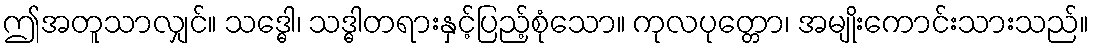
ဤအတူသာလျှင်။ သဒ္ဓေါ၊ သဒ္ဓါတရားနှင့်ပြည့်စုံသော။ ကုလပုတ္တော၊ အမျိုးကောင်းသားသည်။